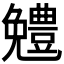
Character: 𠓍